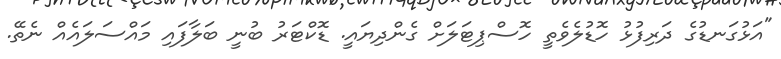
"އަޅުގަނޑުގެ ދަރިފުޅު ހޮޑުލެވެތީ ހޮސްޕިޓަލަށް ގެންދިޔައީ. ޑޮކްޓަރު ބުނީ ބަލާފައި މައްސަލައެއް ނެތޭ.